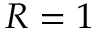
R = 1